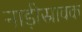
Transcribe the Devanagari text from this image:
नाड़ीस्रावक